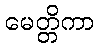
မေတ္တိကာ